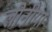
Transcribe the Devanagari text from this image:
लीनीया